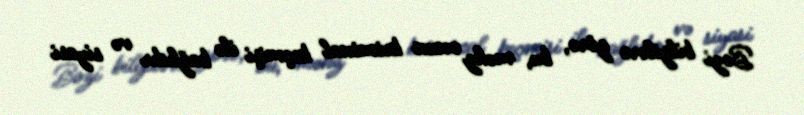
Bəzi bilgilərə görə, bu, məhz onun kriminal keçmişi ilə bağlıdır və siyasi